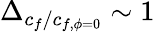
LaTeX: \Delta_{c_{f}/c_{f,\phi=0}}\sim 1\